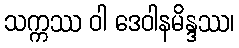
သက္ကဿ ဝါ ဒေဝါနမိန္ဒဿ၊